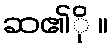
ဆ၏ို ။